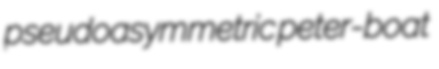
pseudoasymmetric peter-boat